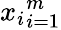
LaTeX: {x_{i}}_{i=1}^{m}